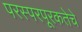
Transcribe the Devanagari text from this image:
परस्परपूरकतेचे